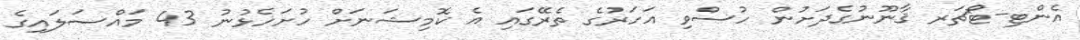
އެންޓި-ޓޯޗަރ ޤާނޫނުގެދަށުން ހުސްވި އަހަރުގެ ތެރޭގައި އެ ކޮމިޝަނަށް ހުށަހެޅުނު 43 މައްސަލައިގެ